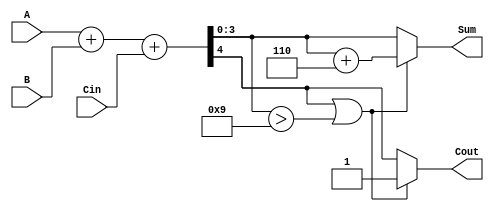
module bcd_adder (
    input  wire [3:0] A,    // First BCD digit
    input  wire [3:0] B,    // Second BCD digit
    input  wire Cin,         // Carry input
    output reg  [3:0] Sum,   // BCD result
    output reg  Cout         // Carry output
);

    wire [4:0] S;           // Intermediate sum (5 bits to accommodate carry)
    
    // Step 1: Binary addition
    assign S = A + B + Cin; // Add A, B and Cin

    // Step 2: BCD correction logic
    always @(*) begin
        // Default values
        Sum = S[3:0];        // Initialize Sum with S[3:0]
        Cout = S[4];        // Initialize Cout with the carry out from addition

        // Check if correction is needed
        if (S[4] == 1'b1 || (S[3:0] > 4'b1001)) begin
            Sum = S[3:0] + 4'b0110; // Add 6 for BCD correction
            Cout = 1'b1;            // Set Cout to 1
        end
    end

endmodule